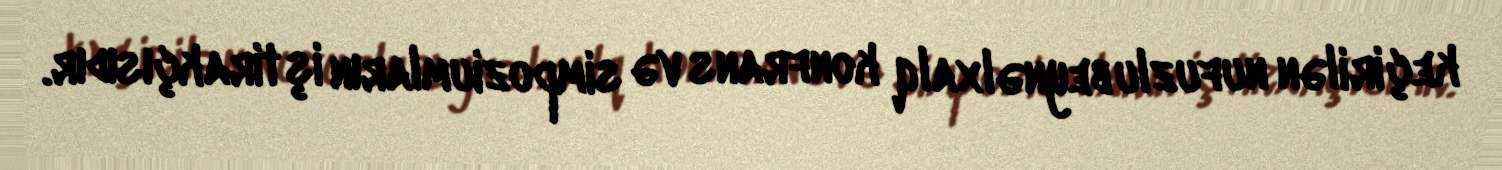
keçirilən nufuzlu beynəlxalq konfrans və simpoziumların iştirakçısıdır.